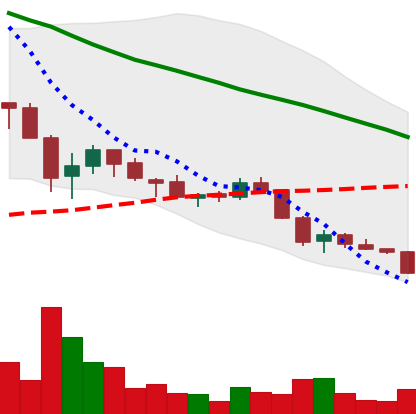
Ticker: ADA-USD
Chart end date: 2018-05-28
Forward return: 30.3%
Label: up_7plus